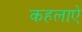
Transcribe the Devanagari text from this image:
कहलाऐ